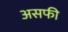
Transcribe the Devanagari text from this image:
असफी